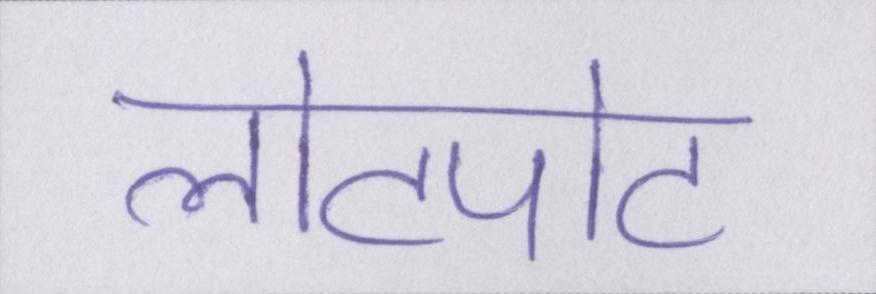
लोटपोट